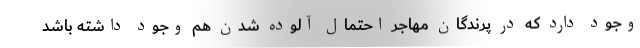
وجود دارد که در پرندگان مهاجر احتمال آلوده شدن هم وجود داشته باشد